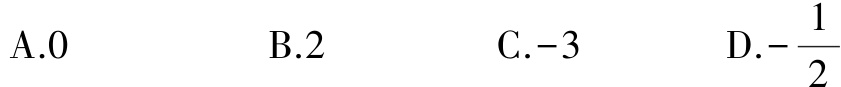
A.0

B.2

C.-3

D.$-\frac{1}{2}$